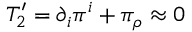
T _ { 2 } ^ { \prime } = \partial _ { i } \pi ^ { i } + \pi _ { \rho } \approx 0